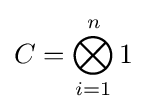
C=\bigotimes _{i=1}^{n}1